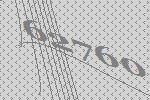
62760